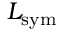
L _ { \mathrm { s y m } }